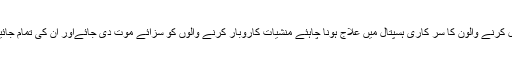
نشہ آورادویات استعمال کرنے والون کا سر کاری ہسپتال میں علاج ہونا چاہئے منشیات کاروبار کرنے والوں کو سزآئے موت دی جائےاور ان کی تمام جائیداد ضبط کر لی جائیں۔